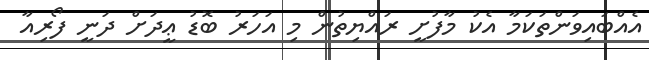
އެއްބައިވަންތަކަމާ އެކު މާފުށީ ރައްޔިތުން މި އަހަރު ބޮޑު ޢީދަށް ދަނީ ފޯރިއާ